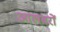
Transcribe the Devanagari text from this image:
आलवरों